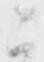
ニ